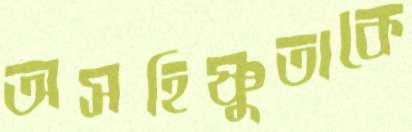
অসহিষ্ণুতাকে